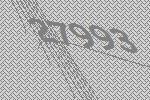
27993